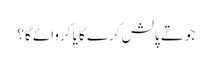
جوتے پالش کرے گا یا کروائے گا؟